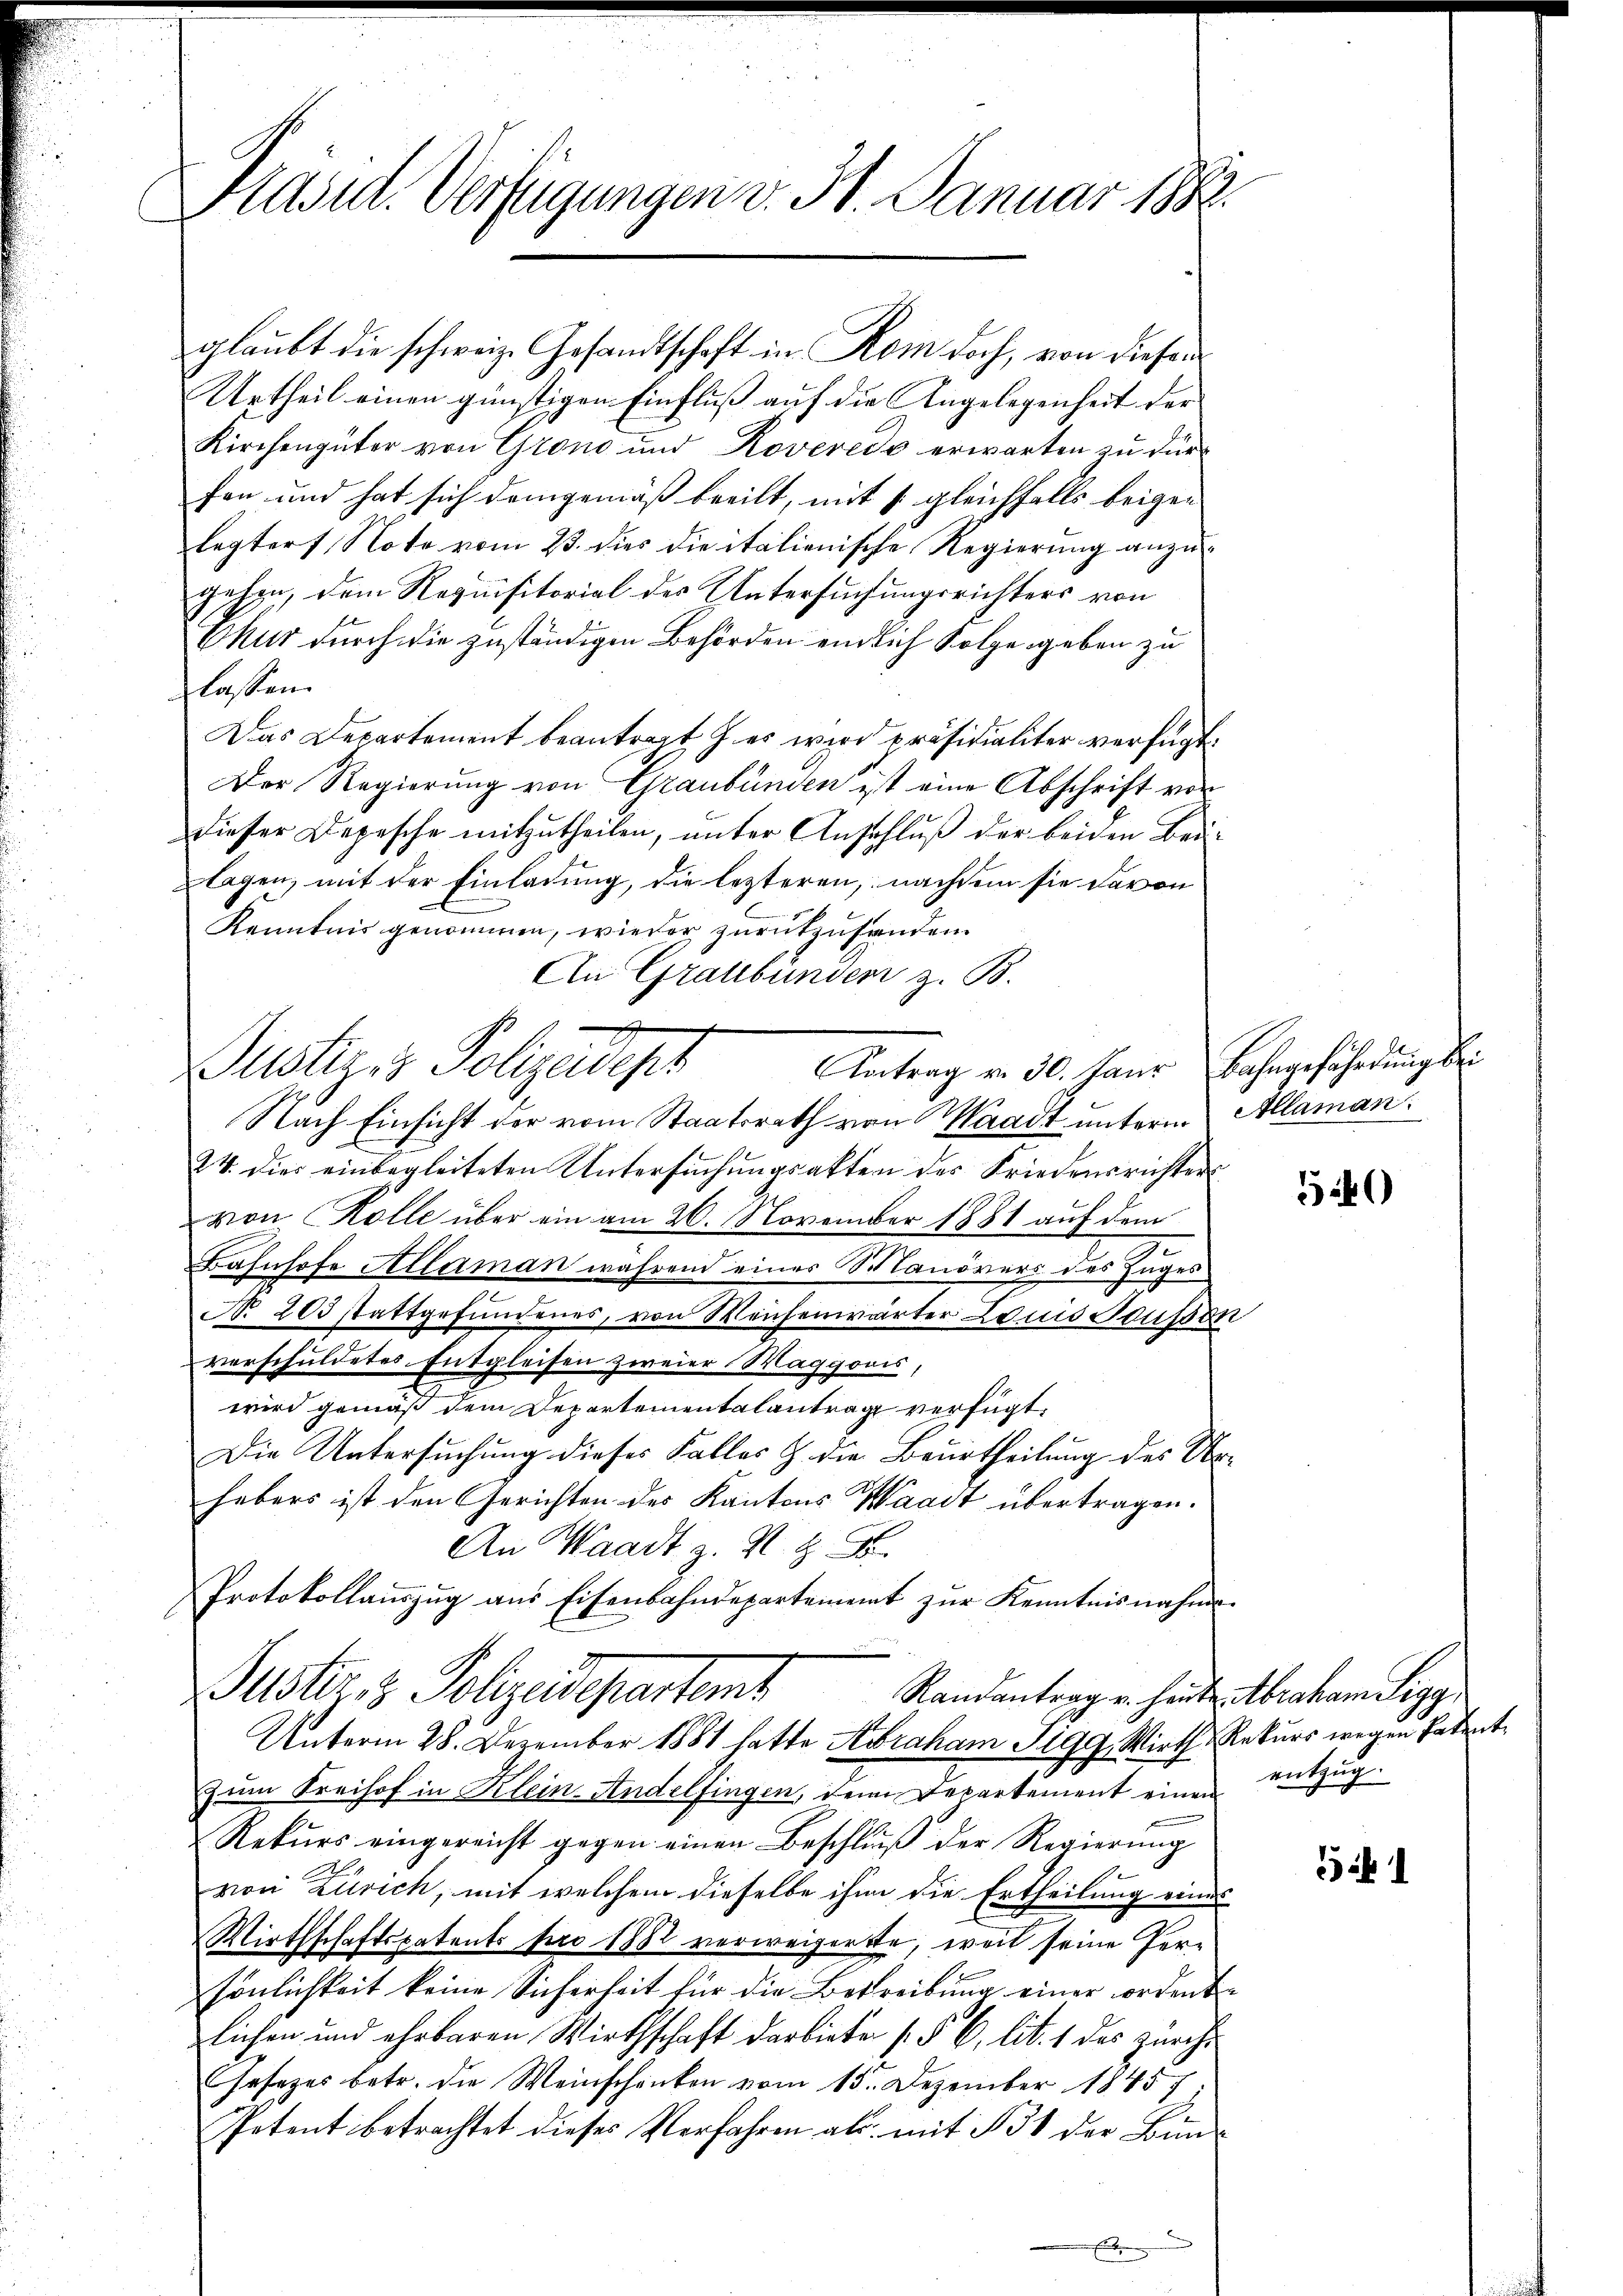
Präsid. Verfügungen v. 3. Januar 1882.

glaubt die schweiz. Gesandtschaft in Rom doch, von diesen
Urtheil einen günstigen Einfluß auf die Angelegenheit der
Kirchengüter von Grono und Roveredo erwarten zu dür
fen und hat sich demgemäß beeilt, mit 1. gleichfalls beige-
legter Note vom 23. dies die italienische Regierŭng anzŭ-
gehen, dem Requisitorial des Untersuchungsrichters von
Ukur durch die zuständigen Behörden einlich Folge geben zu
flassen.
Das Departement beantragt J. es wird präsidialiter verfügt:
Der Regierung von Graubünden ist eine Abschrift vor
dieser Depesche mitzutheilen, unter Anschluß der beiden Beilagen, mit der Einladung, die lezteren, nachdem sie davon
Kenntnis genommen, wieder zurückzusenden.
An Graubünden z. B.
Austris Polizeidigt
Antrag v. 30. Haŭr Bahngefährdung bei
Nach Einsicht der vom Staatsrath von Waadt unterm Allaman¬
24. dies einbegleiteten Untersŭchŭngsakten des Friedensrichter
von Kolle über ein am 26. November 1881 auf dem
Bahnhofe Allaman während eines Manövers des Zuges
No 203 stattgefundenes, von Weichenwärter Louis Soussan
vorschuldetes Entgleisen zweier Waggonis,
wird gemäß dem Departementalantrag verfügt:
Die Untersuchung dieses Falles & die Beurtheilung des Ur-
hebers ist den Gerichten des Kantons Waadt übertragen.
An Waadt z. S. z. B.
Protokollauszug aus Eisenbahndepartement zur Kenntnisnahme.

Puster, 3. Polizeidepartemb
Unterm 28. Dezember 1881 hatte Abraham Tigg, Wirth Rekurs wegen Patent¬

Randantrag u. heute Abraham Sigg,
zum Freihof in Klein-Andelfingen, dem Departement einen entzug.
Rekurs eingereicht gegen einen Beschlŭβ der Regierung
von Zürich, mit welchem dieselbe ihm die Ertheilung eines
Wirthschaftspatents pro 1882 verweigerte, weil seine Persönlichkeit keine Sicherheit für die Betreibung einer ordentlichen und ehrbaren Wirthschaft darbiete (§ 6, lit. 1 des zürch¬
Jesezes betr. die Weinschanken vom 15. Dezember 18457.
Petent betrachtet dieses Verfahren als mit § 31 der Bun¬

3

540

5